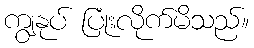
ကျွနုပ် ပြုံးလိုက်မိသည်။